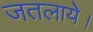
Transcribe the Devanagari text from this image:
जतलाये।